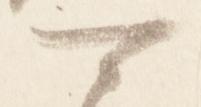
可